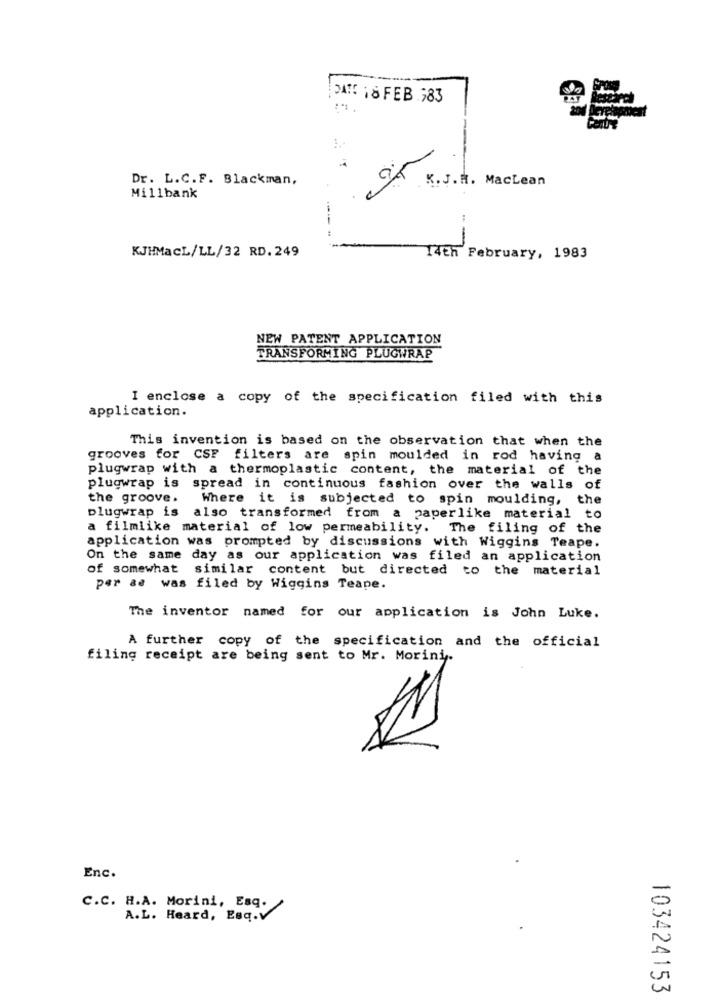
DAMS 18 FEB 783
Dr. L.C.F. Blackman,
ak K.J.H. Maclean
Millbank
KJHMacL/LL/32 RD.249
14th February, 1983
NEW PATENT APPLICATION
TRANSFORMING PLUGWRAP
I enclose a copy of the specification filed with this
application.
This invention is based on the observation that when the
grooves for CSF filters are spin moulded in rod having a
plugwrap with a thermoplastic content, the material of the
plugwrap is spread in continuous fashion over the walls of
the groove.
Where it is subjected to spin moulding, the
plugwrap is also transformed from a paperlike material to
a filmlike material of low permeability. The filing of the
application was prompted by discussions with Wiggins Teape.
On the same day as our application was filed an application
of somewhat similar content but directed to the
material
per se was filed by Wiggins Teape.
The inventor named for our application is John Luke.
A further copy of the specification and the official
filing receipt are being sent to Mr. Morini.
Enc.
C.C. H.A. Morini, Esq.
A.L. Heard, Esq.V
103424153